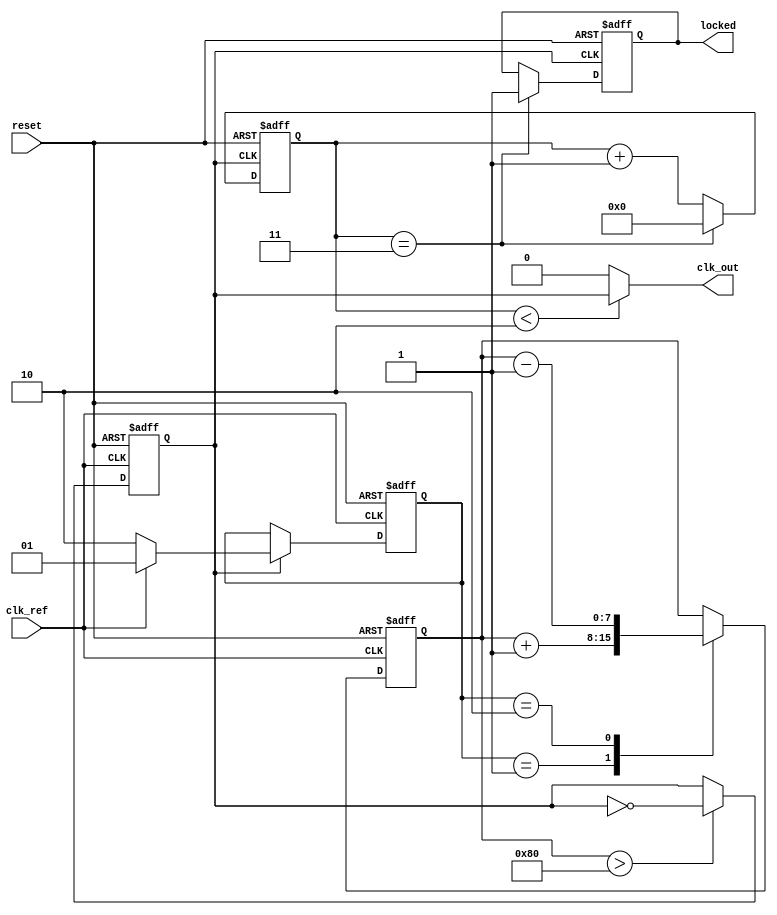
module low_jitter_pll (
    input wire clk_ref,        // Reference clock input
    input wire reset,          // Reset signal
    output wire clk_out,       // Output clock signal
    output wire locked         // Lock status signal
);

// Parameters for PLL
parameter integer DIV_FACTOR = 4; // Feedback divider factor
parameter integer VCO_MAX_FREQ = 200; // Max VCO frequency in MHz
parameter integer VCO_MIN_FREQ = 50;  // Min VCO frequency in MHz

// Internal signals
reg [1:0] phase_err;          // Phase error from PFD
reg [7:0] control_voltage;     // Control voltage for VCO
reg vco_clk;                  // VCO output clock
reg [3:0] feedback_counter;   // Feedback counter for divider
reg locked_reg;               // Lock status register

// Phase Frequency Detector (PFD)
always @(posedge clk_ref or posedge reset) begin
    if (reset) begin
        phase_err <= 2'b00;
    end else begin
        // Simple PFD logic (leading/lagging detection)
        if (vco_clk) begin
            if (clk_ref) begin
                phase_err <= 2'b01; // Reference clock leads
            end else begin
                phase_err <= 2'b10; // Feedback clock leads
            end
        end
    end
end

// Charge Pump (CP)
always @(posedge clk_ref or posedge reset) begin
    if (reset) begin
        control_voltage <= 8'b00000000;
    end else begin
        case (phase_err)
            2'b01: control_voltage <= control_voltage + 1; // Increase voltage
            2'b10: control_voltage <= control_voltage - 1; // Decrease voltage
            default: control_voltage <= control_voltage; // No change
        endcase
    end
end

// Voltage-Controlled Oscillator (VCO)
always @(posedge clk_ref or posedge reset) begin
    if (reset) begin
        vco_clk <= 0;
    end else begin
        // Simple VCO behavior based on control voltage
        if (control_voltage > 128) begin
            vco_clk <= ~vco_clk; // Toggle VCO clock
        end
    end
end

// Feedback Divider
always @(posedge vco_clk or posedge reset) begin
    if (reset) begin
        feedback_counter <= 0;
        locked_reg <= 0;
    end else begin
        feedback_counter <= feedback_counter + 1;
        if (feedback_counter == DIV_FACTOR - 1) begin
            feedback_counter <= 0;
            locked_reg <= 1; // Indicate locked state
        end
    end
end

// Output clock signal
assign clk_out = (feedback_counter < (DIV_FACTOR / 2)) ? vco_clk : 1'b0; // Generate output clock
assign locked = locked_reg;

endmodule